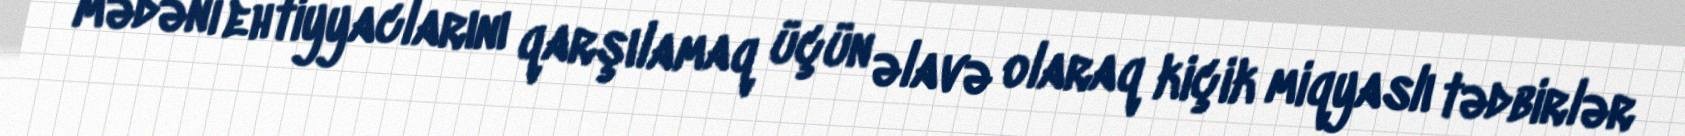
mədəni ehtiyyaclarını qarşılamaq üçün əlavə olaraq kiçik miqyaslı tədbirlər